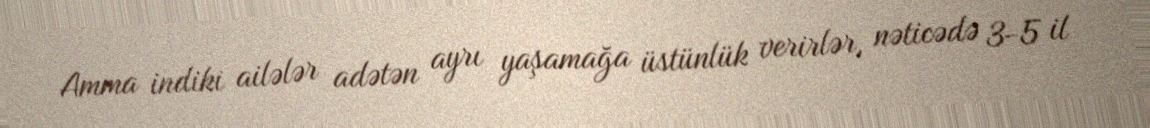
Amma indiki ailələr adətən ayrı yaşamağa üstünlük verirlər, nəticədə 3-5 il